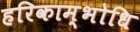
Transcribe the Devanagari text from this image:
हरिकाम्भोधि